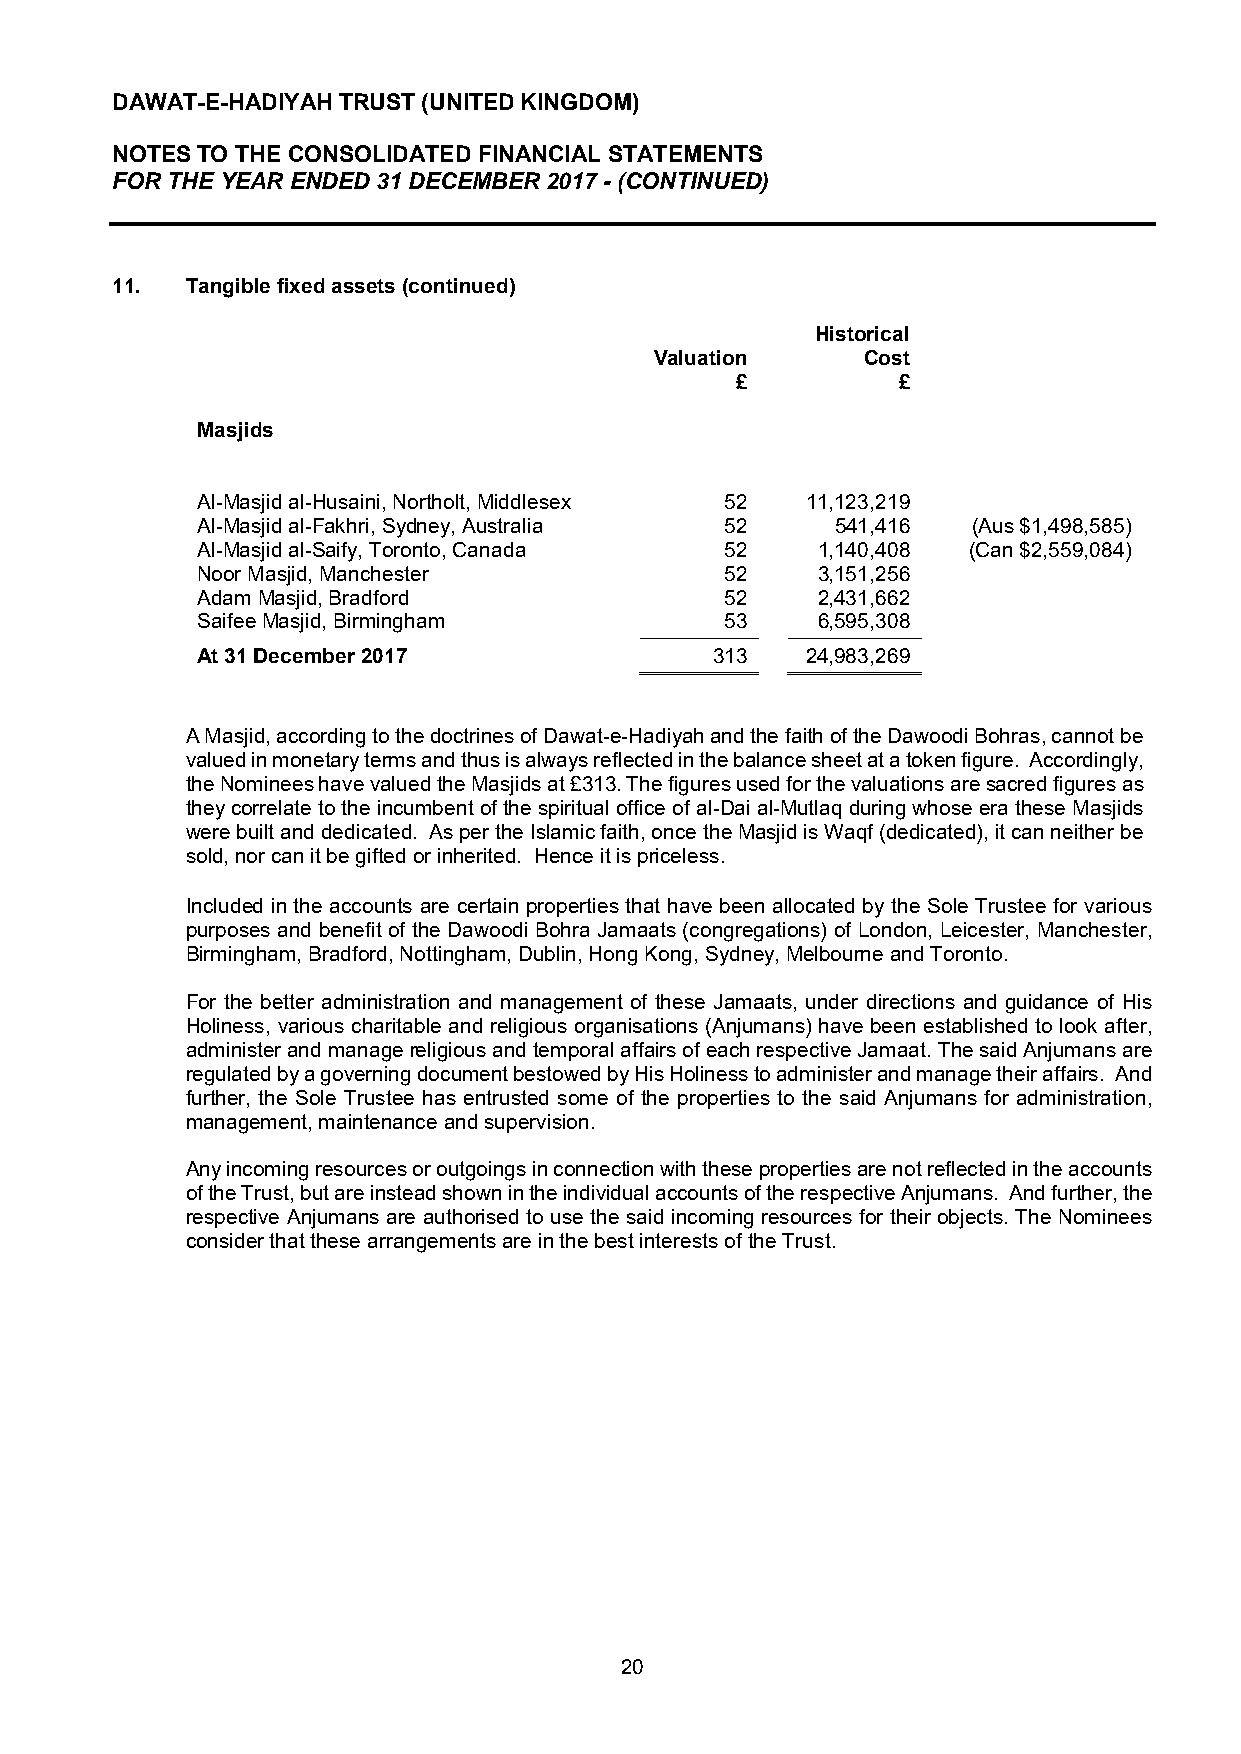
DAWAT-E-HADIYAH TRUST (UNITED KINGDOM)
 NOTES TO THE CONSOLIDATED FINANCIAL STATEMENTS
 FOR THE YEAR ENDED 31 DECEMBER 2017 - (CONTINUED)
 11.  Tangible fixed assets (continued)
 Historical
 Valuation     Cost
 £         £
 Masjids
 Al-Masjid al-Husaini, Northolt, Middlesex 52 11,123,219
 Al-Masjid al-Fakhri, Sydney, Australia 52 541,416  (Aus $1,498,585)
 Al-Masjid al-Saify, Toronto, Canada 52   1,140,408 (Can $2,559,084)
 Noor Masjid, Manchester            52    3,151,256
 Adam Masjid, Bradford              52    2,431,662
 Saifee Masjid, Birmingham          53    6,595,308
 At 31 December 2017               313   24,983,269
 A Masjid, according to the doctrines of Dawat-e-Hadiyah and the faith of the Dawoodi Bohras, cannot be
 valued in monetary terms and thus is always reflected in the balance sheet at a token figure. Accordingly,
 the Nominees have valued the Masjids at £313. The figures used for the valuations are sacred figures as
 they correlate to the incumbent of the spiritual office of al-Dai al-Mutlaq during whose era these Masjids
 were built and dedicated. As per the Islamic faith, once the Masjid is Waqf (dedicated), it can neither be
 sold, nor can it be gifted or inherited. Hence it is priceless.
 Included in the accounts are certain properties that have been allocated by the Sole Trustee for various
 purposes and benefit of the Dawoodi Bohra Jamaats (congregations) of London, Leicester, Manchester,
 Birmingham, Bradford, Nottingham, Dublin, Hong Kong, Sydney, Melbourne and Toronto.
 For the better administration and management of these Jamaats, under directions and guidance of His
 Holiness, various charitable and religious organisations (Anjumans) have been established to look after,
 administer and manage religious and temporal affairs of each respective Jamaat. The said Anjumans are
 regulated by a governing document bestowed by His Holiness to administer and manage their affairs. And
 further, the Sole Trustee has entrusted some of the properties to the said Anjumans for administration,
 management, maintenance and supervision.
 Any incoming resources or outgoings in connection with these properties are not reflected in the accounts
 of the Trust, but are instead shown in the individual accounts of the respective Anjumans. And further, the
 respective Anjumans are authorised to use the said incoming resources for their objects. The Nominees
 consider that these arrangements are in the best interests of the Trust.
 20